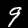
Label: 9